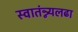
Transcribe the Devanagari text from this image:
स्वातंन्न्यलढा